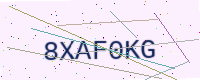
Text: 8XAF0KG